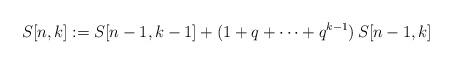
LaTeX: \begin{align*} S[n,k] := S[n-1,k-1]+(1+q+\cdots +q^{k-1})\,S[n-1,k]\end{align*}